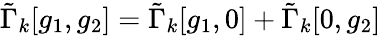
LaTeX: \tilde{\Gamma}_{k}[g_{1},g_{2}]=\tilde{\Gamma}_{k}[g_{1},0]+\tilde{\Gamma}_{k}[0,g_{2}]